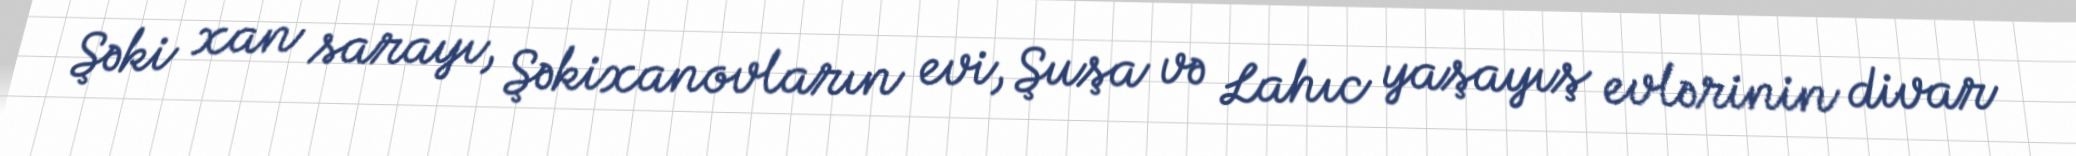
Şəki xan sarayı, Şəkixanovların evi, Şuşa və Lahıc yaşayış evlərinin divar